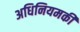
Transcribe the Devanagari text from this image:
अधिनियमकी